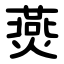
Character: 㷼